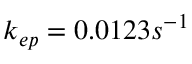
k _ { e p } = 0 . 0 1 2 3 s ^ { - 1 }